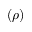
( \rho )